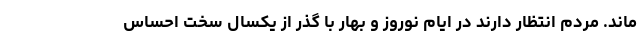
ماند. مردم انتظار دارند در ایام نوروز و بهار با گذر از یکسال سخت احساس